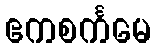
ဧကစင်္ကမေ